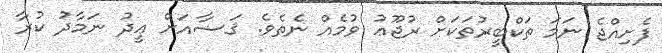
ފެށިއްޖެ ނަމަ ތަކްބީރުތަކަށް ރުޖޫޢު ވުމެއް ނެތެވެ. ޤަޟާއަށް ޢީދު ނަމާދު ކުރާ